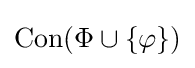
\operatorname {Con} (\Phi \cup \{\varphi \})